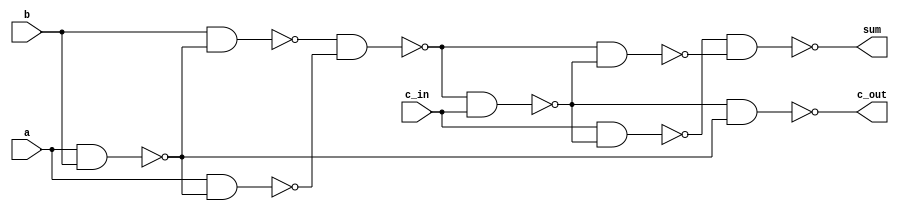
module full_adder(sum, c_out, a, b, c_in);
  input a, b, c_in;
  output sum, c_out;

  wire w1,w2,w3,w4,w5,w6,w7;

  nand n1(w1, a, b );  // 32U On
  nand n2(w2, a, w1);  // 28D On
  nand n3(w3, b, w1);  //29U On
  nand n4(w4, w3, w2); //19U Off
  nand n5(w5, w4, c_in); //23D On
  nand n6(w6, w4, w5); // 18D On
  nand n7(w7, c_in, w5); //13D  On
  nand n8(sum, w7, w6); // 9D
  nand n9(c_out, w5, w1); // 10U

endmodule